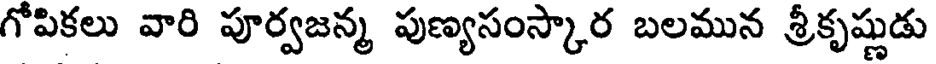
గోపికలు వారి పూర్వజన్మ పుణ్యసంస్కార బలమున శ్రీకృష్ణుడు